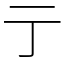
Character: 亍